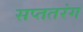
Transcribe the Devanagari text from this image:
सप्ततरंग